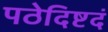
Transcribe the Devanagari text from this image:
पठेदिष्टदं